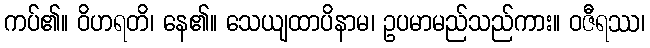
ကပ်၏။ ဝိဟရတိ၊ နေ၏။ သေယျထာပိနာမ၊ ဥပမာမည်သည်ကား။ ဝဇီရဿ၊